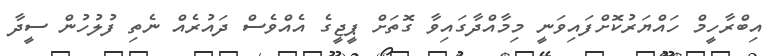
އިބްރާހީމް ހައްޔަރުކޮށްފައިވަނީ މިމާއްދާގައިވާ ގޮތަށް ޕީޖީގެ އެެއްވެސް ދައުރެއް ނެތި ފުލުހުން ސީދާ